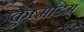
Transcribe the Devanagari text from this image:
कुष्मांडम्